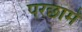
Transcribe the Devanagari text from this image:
परछामें